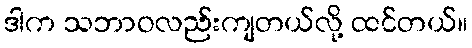
ဒါက သဘာဝလည်းကျတယ်လို့ ထင်တယ်။